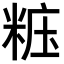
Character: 𥺁